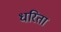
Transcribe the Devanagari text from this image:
धरिता